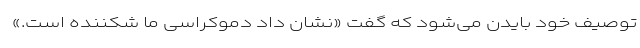
توصیف خود بایدن می‌شود که گفت «نشان داد دموکراسی ما شکننده است.»